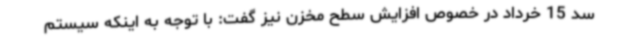
سد 15 خرداد در خصوص افزایش سطح مخزن نیز گفت: با توجه به اینکه سیستم